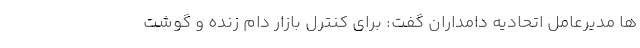
ها مدیرعامل اتحادیه دامداران گفت: برای کنترل بازار دام زنده و گوشت